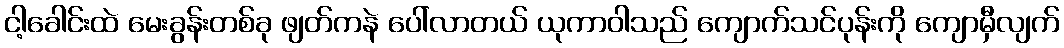
ငါ့ခေါင်းထဲ မေးခွန်းတစ်ခု ဖျတ်ကနဲ ပေါ်လာတယ် ယုကာဝါသည် ကျောက်သင်ပုန်းကို ကျောမှီလျက်